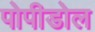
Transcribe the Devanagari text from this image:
पोपीडोल